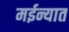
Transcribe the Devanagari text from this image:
मईन्यात